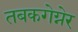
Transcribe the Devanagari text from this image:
तबकगेग्नेर